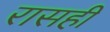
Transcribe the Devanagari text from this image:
रासही